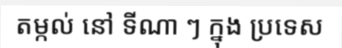
តម្កល់ នៅ ទីណា ៗ ក្នុង ប្រទេស